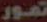
تمور